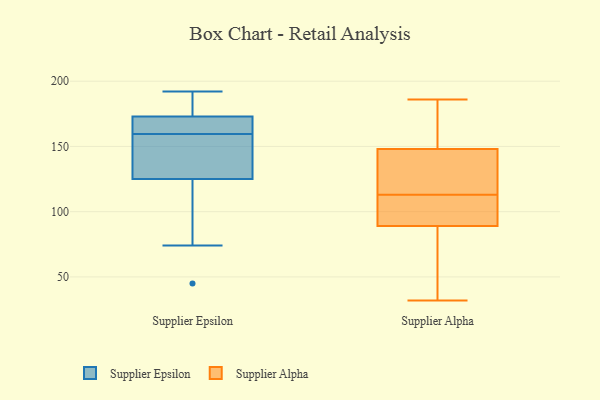
{"axis": {"x": "Budget (USD K)", "y": "Value"}, "legend": ["Supplier Alpha", "Supplier Epsilon"], "data": [{"x": "", "y": 173, "type": "Supplier Epsilon"}, {"x": "", "y": 120, "type": "Supplier Epsilon"}, {"x": "", "y": 45, "type": "Supplier Epsilon"}, {"x": "", "y": 167, "type": "Supplier Epsilon"}, {"x": "", "y": 162, "type": "Supplier Epsilon"}, {"x": "", "y": 125, "type": "Supplier Epsilon"}, {"x": "", "y": 133, "type": "Supplier Epsilon"}, {"x": "", "y": 175, "type": "Supplier Epsilon"}, {"x": "", "y": 172, "type": "Supplier Epsilon"}, {"x": "", "y": 157, "type": "Supplier Epsilon"}, {"x": "", "y": 137, "type": "Supplier Epsilon"}, {"x": "", "y": 183, "type": "Supplier Epsilon"}, {"x": "", "y": 74, "type": "Supplier Epsilon"}, {"x": "", "y": 192, "type": "Supplier Epsilon"}, {"x": "", "y": 143, "type": "Supplier Alpha"}, {"x": "", "y": 40, "type": "Supplier Alpha"}, {"x": "", "y": 117, "type": "Supplier Alpha"}, {"x": "", "y": 109, "type": "Supplier Alpha"}, {"x": "", "y": 148, "type": "Supplier Alpha"}, {"x": "", "y": 103, "type": "Supplier Alpha"}, {"x": "", "y": 186, "type": "Supplier Alpha"}, {"x": "", "y": 177, "type": "Supplier Alpha"}, {"x": "", "y": 41, "type": "Supplier Alpha"}, {"x": "", "y": 100, "type": "Supplier Alpha"}, {"x": "", "y": 32, "type": "Supplier Alpha"}, {"x": "", "y": 144, "type": "Supplier Alpha"}, {"x": "", "y": 164, "type": "Supplier Alpha"}, {"x": "", "y": 89, "type": "Supplier Alpha"}]}